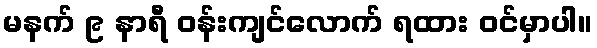
မနက် ၉ နာရီ ဝန်းကျင်လောက် ရထား ဝင်မှာပါ။